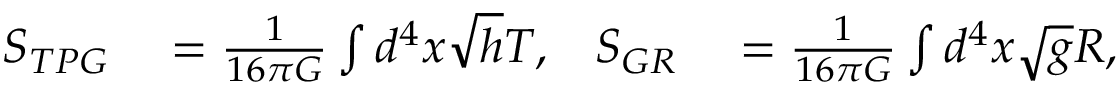
\begin{array} { r l r l } { S _ { T P G } } & { { } = \frac { 1 } { 1 6 \pi G } \int d ^ { 4 } x \sqrt { h } T , } & { S _ { G R } } & { { } = \frac { 1 } { 1 6 \pi G } \int d ^ { 4 } x \sqrt { g } R , } \end{array}